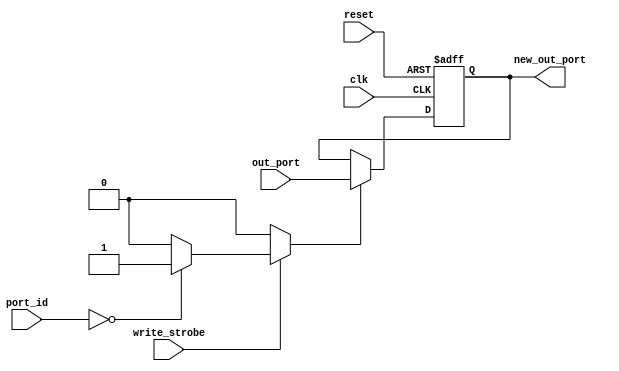
`timescale 1ns / 1ps
/*
 * PicoBlaze_OutReg.v
 *
 *  ___       _         _   _       _ ___ _ _ ___
 *	| __._ _ _| |_ ___ _| |_| |___ _| | . | \ |_ _|
 *	| _>| ' ' | . / ._/ . / . / ._/ . |   |   || |
 *	|___|_|_|_|___\___\___\___\___\___|_|_|_\_||_|
 *
 *
 *      Web		: www.embeddedant.org
 *		  Device : XC3S700AN - 4FGG484
 *		  Board  : Spartan-3AN Starter Kit.
 *
 *      Revision History:
 *			Rev 1.0.0 - (ErnestoARC) First release 19/06/2015.
 */
//////////////////////////////////////////////////////////////////////////////////


module PicoBlaze_OutReg
	#(parameter LOCAL_PORT_ID = 8'h00)
	(
	clk,
	reset,
	port_id,
	write_strobe,
	out_port,
	new_out_port);
//=======================================================
//  PARAMETER declarations
//=======================================================


//=======================================================
//  PORT declarations
//=======================================================
input  wire        clk;
input  wire        reset;
input  wire    	 [7:0] port_id;
input  wire        write_strobe;
input  wire        [7:0] out_port;
output reg  		 [7:0] new_out_port;
//=======================================================
//  REG/WIRE declarations
//=======================================================
reg RegEnable=1;





//=======================================================
//  Structural coding
//=======================================================

	always @ (*)
	begin
		if (write_strobe == 1)
			begin
				case (port_id)
					LOCAL_PORT_ID: RegEnable = 1;
					default: RegEnable = 0;
				endcase
			end
		else
			RegEnable=0;
	end
	
	
	
	always @ (posedge clk, posedge reset)
	begin
		if(reset == 1)
			new_out_port <= 8'h00;
		else
			begin
				if(RegEnable == 1)
					new_out_port <= out_port;
				else
					new_out_port <= new_out_port;
			end
	end
	
//=======================================================
// 			Connections & assigns
//======================================================= 

endmodule